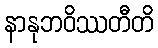
နာနုဘဝိဿတီတိ